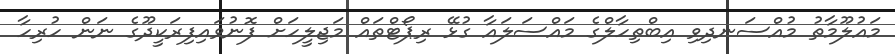
މައުލޫމާތު މުއްސަނދިވި އިބްތިހާލްގެ މައްސަލައާ ގުޅޭ ރިޕޯޓްތައް މަޖިލީހަށް ފޮނުވައިފިރަކީދޫގެ ނަން ހުރިހާ